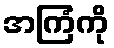
အကြံကို